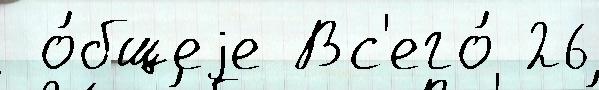
 о́бщеjе Вс'его́ 26